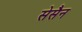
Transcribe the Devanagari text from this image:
सेसैन